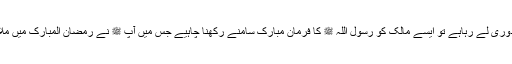
البتہ اگر ملازم/ مزدور اس وجہ سے روزہ نہیں رکھ پا رہا کہ مالک اس سے سخت مزدوری لے رہاہے تو ایسے مالک کو رسول اللہ ﷺ کا فرمانِ مبارک سامنے رکھنا چاہیے جس میں آپ ﷺ نے رمضان المبارک میں ملازمین سے کام کا بوجھ کم کرنے کی تلقین فرمائی ہے، ورنہ مالک کو ظلم کا گناہ ہوگا۔